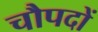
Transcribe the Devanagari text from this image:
चौपदों